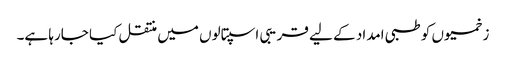
زخمیوں کو طبی امداد کے لیے قریبی اسپتالوں میں منتقل کیا جارہا ہے۔